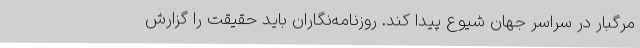
مرگبار در سراسر جهان شیوع پیدا کند. روزنامه‌نگاران باید حقیقت را گزارش